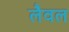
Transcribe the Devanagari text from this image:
लैवल